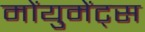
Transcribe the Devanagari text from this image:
मोंयुमेंट्स